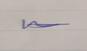
Signature authenticity: genuine